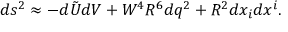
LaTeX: d s ^ { 2 } \approx - d \tilde { U } d V + W ^ { 4 } R ^ { 6 } d q ^ { 2 } + R ^ { 2 } d x _ { i } d x ^ { i } .